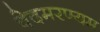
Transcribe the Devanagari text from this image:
वेदमरण्यम